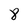
Character: 8